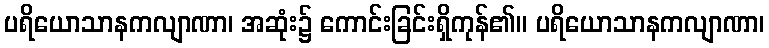
ပရိယောသာနကလျာဏာ၊ အဆုံး၌ ကောင်းခြင်းရှိကုန်၏။ ပရိယောသာနကလျာဏာ၊